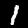
Label: 1